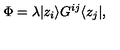
\Phi = \lambda | z _ { i } \rangle G ^ { i j } \langle z _ { j } | ,